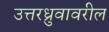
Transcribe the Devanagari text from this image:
उत्तरध्रुवावरील